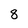
Character: 8